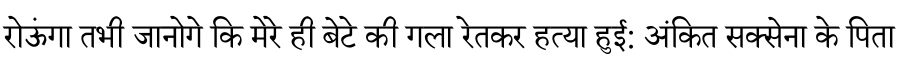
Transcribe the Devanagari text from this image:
रोऊंगा तभी जानोगे कि मेरे ही बेटे की गला रेतकर हत्या हुई: अंकित सक्सेना के पिता